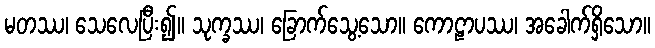
မတဿ၊ သေလေပြီး၍။ သုက္ခဿ၊ ခြောက်သွေ့သော။ ကောဠာပဿ၊ အခေါက်ရှိသော။